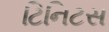
ટિનિટસ